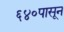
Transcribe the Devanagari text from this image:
६४०पासून